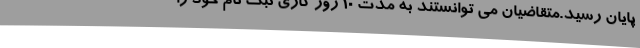
پایان رسید.متقاضیان می توانستند به مدت 10 روز کاری ثبت نام خود را